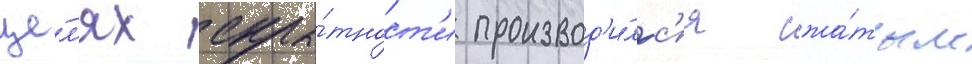
це́л'ях скры́тност'и производ'и́лс'я сжа́тым